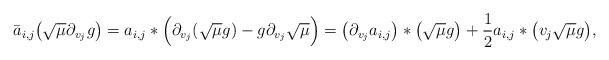
LaTeX: \begin{align*}\bar a_{i,j}\big(\sqrt{\mu}\partial_{v_j}g\big) = a_{i,j} * \Big( \partial_{v_j}(\sqrt{\mu}g) -g \partial_{v_j} \sqrt{\mu} \Big)=\big(\partial_{v_j}a_{i,j}\big)* \big(\sqrt{\mu}g\big)+\frac12 a_{i,j}* \big( v_j \sqrt{\mu} g\big),\end{align*}